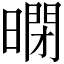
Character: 𱢤